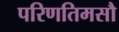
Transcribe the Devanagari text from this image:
परिणतिमसौ